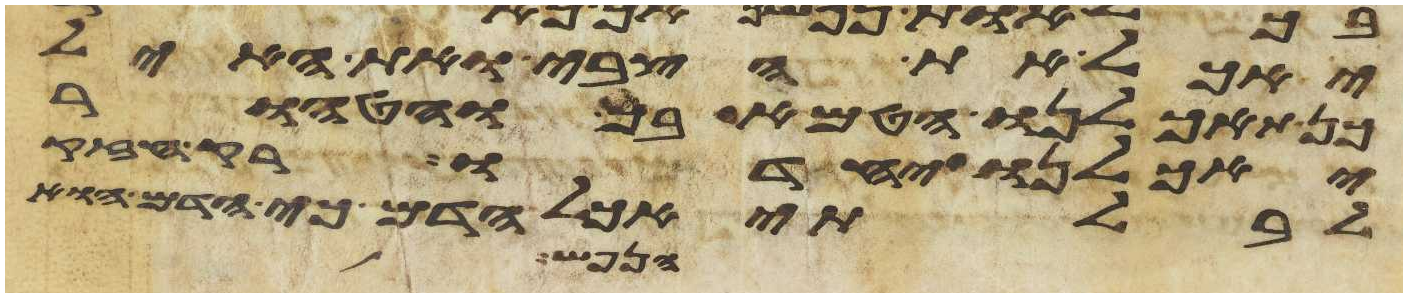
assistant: יאכל את הצבי ואת האיל
כן תאכלנו הטמא בך והטהור
יאכלנו יחדו רק חזק
לבלתי אכל הדם כי הדם הוא
הנפש